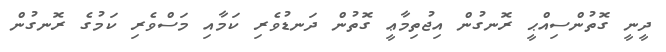
ދީނީ ގޮތުންސިއްޙީ ރޮނގުން އިޖުތިމާޢީ ގޮތުން ދަނޑުވެރި ކަމާއި މަސްވެރި ކަމުގެ ރޮނގުން